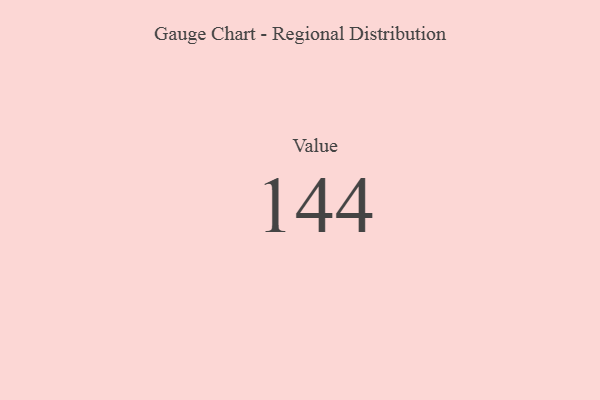
{"axis": {"x": "Metric", "y": "Value"}, "legend": [""], "data": [{"x": "Value", "y": 144, "type": ""}]}